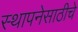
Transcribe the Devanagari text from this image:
स्थापनेसाठीचे